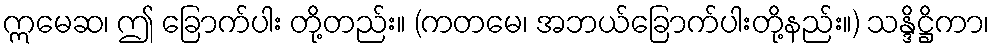
ဣမေဆ၊ ဤ ခြောက်ပါး တို့တည်း။ (ကတမေ၊ အဘယ်ခြောက်ပါးတို့နည်း။) သန္ဒိဋ္ဌိကာ၊